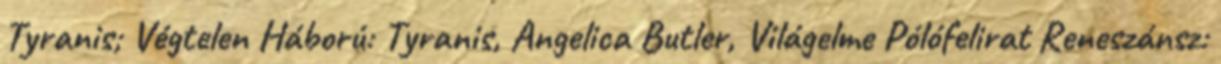
Tyranis; Végtelen Háború: Tyranis, Angelica Butler, Világelme Pólófelirat Reneszánsz: